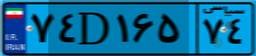
۷۴D۱۶۵۷۴